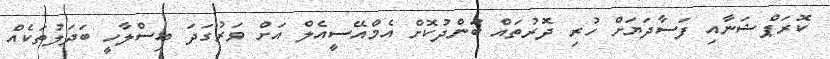
ކޮރަޕްޝަނާއި ފަސާދަޔަށް ހުރި ދޮރުތައް ބަންދުކޮށް އެމްއޭސީއެލް އަށް ވަރުގަދަ އިސްލާހީ ބަދަލުތަކެއް